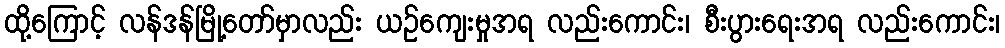
ထို့ကြောင့် လန်ဒန်မြို့တော်မှာလည်း ယဉ်ကျေးမှုအရ လည်းကောင်း၊ စီးပွားရေးအရ လည်းကောင်း၊